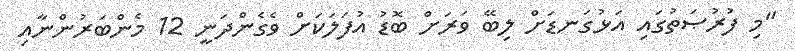
"މި ފުރުޞަތުގައި އަޅުގަނޑަށް ލިބޭ ވަރަށް ބޮޑު އުފަލަކަށް ވެގެންދަނީ 12 މެންބަރުންނާއި